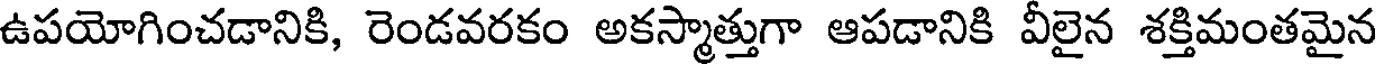
ఉపయోగించడానికి, రెండవరకం అకస్మాత్తుగా ఆపడానికి వీలైన శక్తిమంతమైన